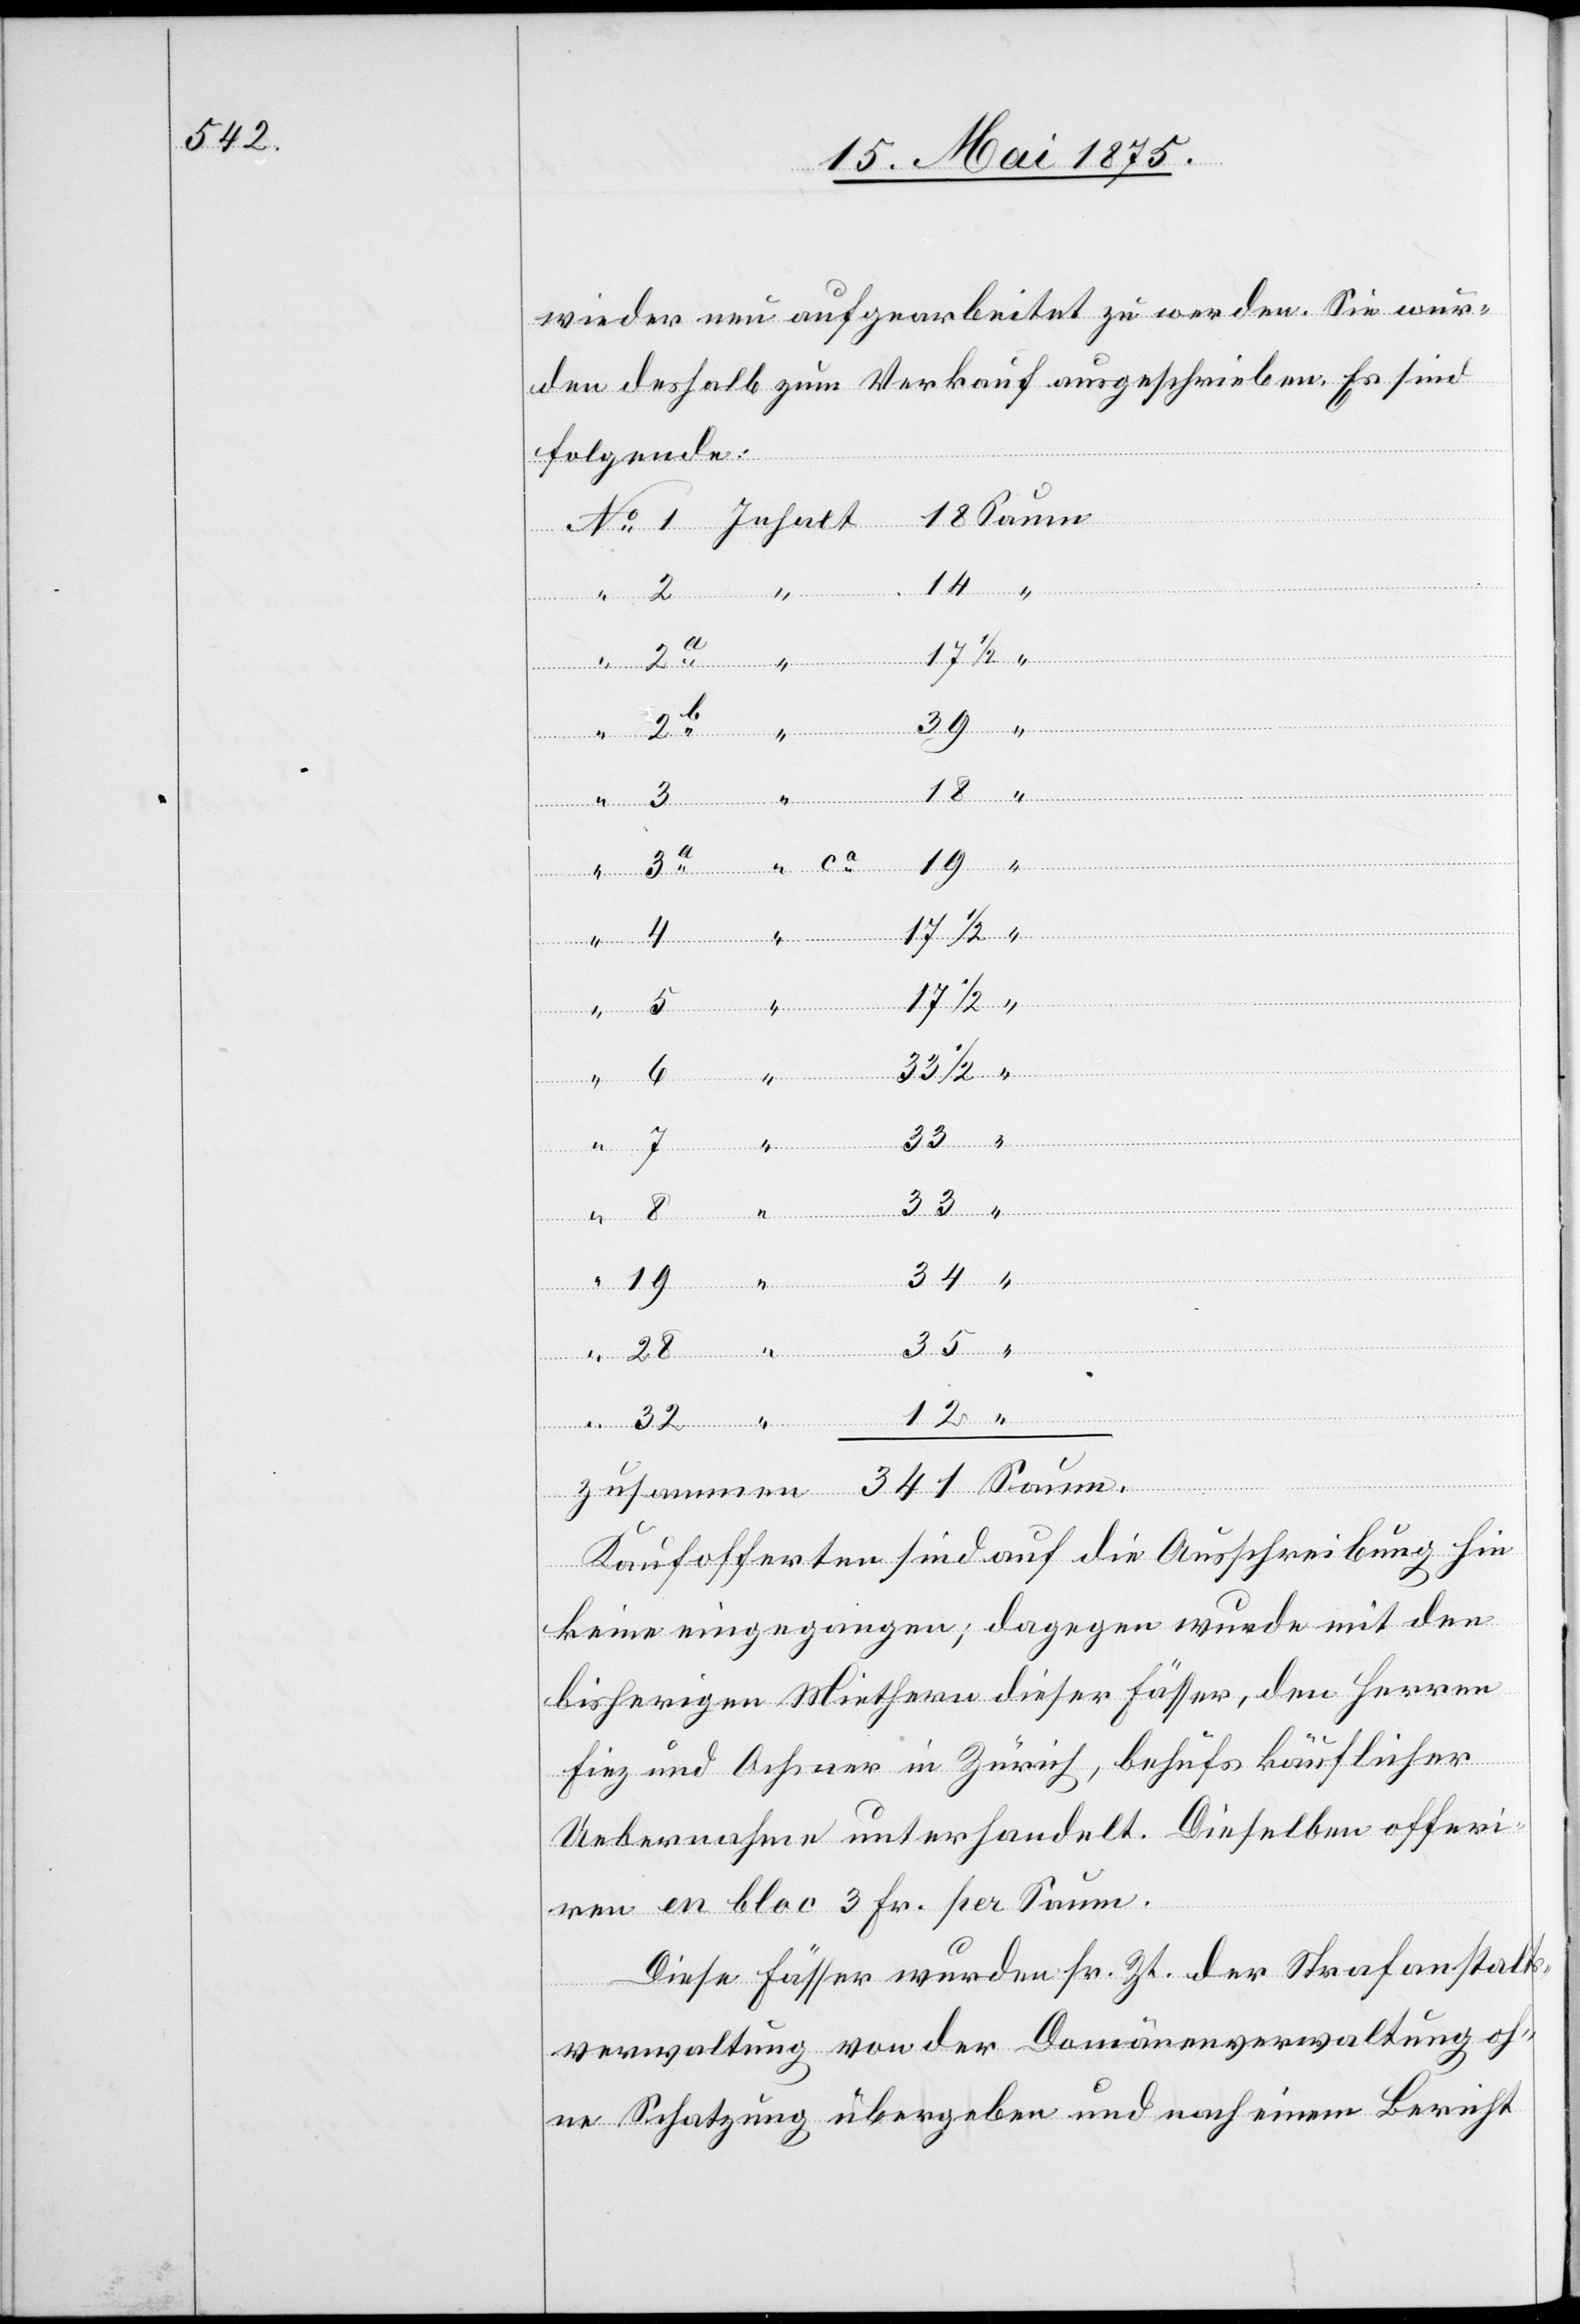
341

wieder neu aufgearbeitet zu werden. Sie wur¬
den deshalb zum Verkauf ausgeschrieben. Es sind
Folgende:
39
“
18
17 1/2
“
33 1/2
35
32
Saum
Kaufofferten sind auf die Ausschreibung hin
keine eingegangen; dagegen wurde mit den
bisherigen Miethern dieser Fässer, den Herren
Fiez und Ochsner in Zürich, behufs käuflicher
Uebernahme unterhandelt. Dieselben offeri¬
ren en bloc 3 fr. per Saum.
Diese Fässer wurden sr. Zt. der Strafanstalts¬
verwaltung von der Domänenverwaltung oh¬
ne Schatzung übergeben und nach einem Bericht